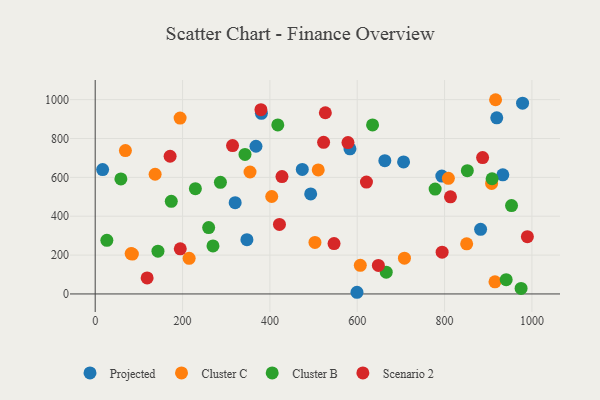
{"axis": {"x": "Ad Spend", "y": "Sales"}, "legend": ["Cluster B", "Cluster C", "Projected", "Scenario 2"], "data": [{"x": "380.6", "y": 929.8, "type": "Projected"}, {"x": "493.4", "y": 514.6, "type": "Projected"}, {"x": "347.4", "y": 279.3, "type": "Projected"}, {"x": "882.5", "y": 332.6, "type": "Projected"}, {"x": "978.6", "y": 981.9, "type": "Projected"}, {"x": "320.5", "y": 469.7, "type": "Projected"}, {"x": "706.1", "y": 679.5, "type": "Projected"}, {"x": "919.5", "y": 906.5, "type": "Projected"}, {"x": "17.0", "y": 639.9, "type": "Projected"}, {"x": "793.7", "y": 606.6, "type": "Projected"}, {"x": "583.4", "y": 746.9, "type": "Projected"}, {"x": "933.4", "y": 612.9, "type": "Projected"}, {"x": "368.1", "y": 760.2, "type": "Projected"}, {"x": "474.2", "y": 640.7, "type": "Projected"}, {"x": "663.2", "y": 685.9, "type": "Projected"}, {"x": "599.4", "y": 8.6, "type": "Projected"}, {"x": "607.0", "y": 147.4, "type": "Cluster C"}, {"x": "510.7", "y": 638.3, "type": "Cluster C"}, {"x": "808.7", "y": 595.0, "type": "Cluster C"}, {"x": "916.8", "y": 999.6, "type": "Cluster C"}, {"x": "907.7", "y": 568.9, "type": "Cluster C"}, {"x": "82.3", "y": 207.7, "type": "Cluster C"}, {"x": "85.1", "y": 205.0, "type": "Cluster C"}, {"x": "915.4", "y": 62.2, "type": "Cluster C"}, {"x": "215.1", "y": 183.3, "type": "Cluster C"}, {"x": "708.1", "y": 184.2, "type": "Cluster C"}, {"x": "404.2", "y": 501.6, "type": "Cluster C"}, {"x": "137.2", "y": 616.0, "type": "Cluster C"}, {"x": "194.4", "y": 905.1, "type": "Cluster C"}, {"x": "850.6", "y": 258.0, "type": "Cluster C"}, {"x": "354.5", "y": 627.5, "type": "Cluster C"}, {"x": "69.2", "y": 737.7, "type": "Cluster C"}, {"x": "503.2", "y": 265.0, "type": "Cluster C"}, {"x": "343.0", "y": 718.2, "type": "Cluster B"}, {"x": "852.1", "y": 634.2, "type": "Cluster B"}, {"x": "666.4", "y": 112.0, "type": "Cluster B"}, {"x": "143.7", "y": 219.9, "type": "Cluster B"}, {"x": "975.2", "y": 28.6, "type": "Cluster B"}, {"x": "269.7", "y": 247.1, "type": "Cluster B"}, {"x": "26.7", "y": 276.1, "type": "Cluster B"}, {"x": "941.1", "y": 73.2, "type": "Cluster B"}, {"x": "635.1", "y": 869.8, "type": "Cluster B"}, {"x": "286.7", "y": 574.6, "type": "Cluster B"}, {"x": "908.8", "y": 593.0, "type": "Cluster B"}, {"x": "953.3", "y": 454.8, "type": "Cluster B"}, {"x": "229.4", "y": 541.6, "type": "Cluster B"}, {"x": "778.4", "y": 539.8, "type": "Cluster B"}, {"x": "418.1", "y": 869.9, "type": "Cluster B"}, {"x": "58.8", "y": 591.8, "type": "Cluster B"}, {"x": "259.8", "y": 341.4, "type": "Cluster B"}, {"x": "174.2", "y": 476.8, "type": "Cluster B"}, {"x": "887.1", "y": 701.9, "type": "Scenario 2"}, {"x": "578.8", "y": 778.9, "type": "Scenario 2"}, {"x": "989.6", "y": 294.7, "type": "Scenario 2"}, {"x": "794.4", "y": 214.9, "type": "Scenario 2"}, {"x": "527.0", "y": 932.5, "type": "Scenario 2"}, {"x": "427.7", "y": 604.1, "type": "Scenario 2"}, {"x": "118.9", "y": 82.4, "type": "Scenario 2"}, {"x": "194.8", "y": 232.3, "type": "Scenario 2"}, {"x": "421.9", "y": 357.6, "type": "Scenario 2"}, {"x": "648.4", "y": 147.0, "type": "Scenario 2"}, {"x": "523.0", "y": 780.6, "type": "Scenario 2"}, {"x": "171.5", "y": 708.6, "type": "Scenario 2"}, {"x": "621.1", "y": 576.0, "type": "Scenario 2"}, {"x": "546.9", "y": 259.4, "type": "Scenario 2"}, {"x": "813.5", "y": 499.9, "type": "Scenario 2"}, {"x": "379.5", "y": 948.5, "type": "Scenario 2"}, {"x": "314.5", "y": 763.6, "type": "Scenario 2"}]}